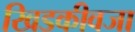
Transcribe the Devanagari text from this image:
खिडकीवजा